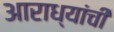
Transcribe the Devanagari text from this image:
आराध्यांची